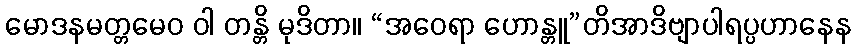
မောဒနမတ္တမေဝ ဝါ တန္တိ မုဒိတာ။ “အဝေရာ ဟောန္တူ”တိအာဒိဗျာပါရပ္ပဟာနေန